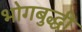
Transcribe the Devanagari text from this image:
भोगबुद्धी